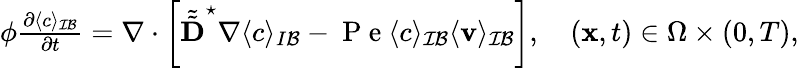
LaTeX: \begin{array}{r}{\phi\frac{\partial\langle c\rangle_{\mathcal{IB}}}{\partial t}=\nabla\cdot\left[\tilde{\tilde{\textbf{D}}}^{\star}\nabla\langle c\rangle_{I\mathcal B}-\mathrm{~P~e~}\langle c\rangle_{\mathcal{IB}}\langle\mathbf v\rangle_{\mathcal{IB}}\right],\quad(\mathbf x,t)\in\Omega\times(0,T),}\end{array}